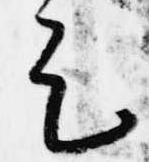
足